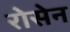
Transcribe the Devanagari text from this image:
रोसेन